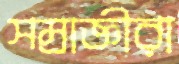
সম্রাজ্ঞীরা